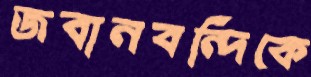
জবানবন্দিকে